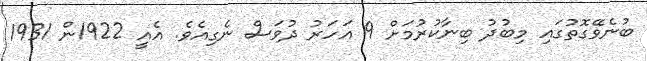
ބުނެވޭގޮތުގައި މިބުދު ބިނާކުރުމަށް 9 އަހަރު ދުވަސް ނެގިއެވެ. އެއީ 1922ން 1931